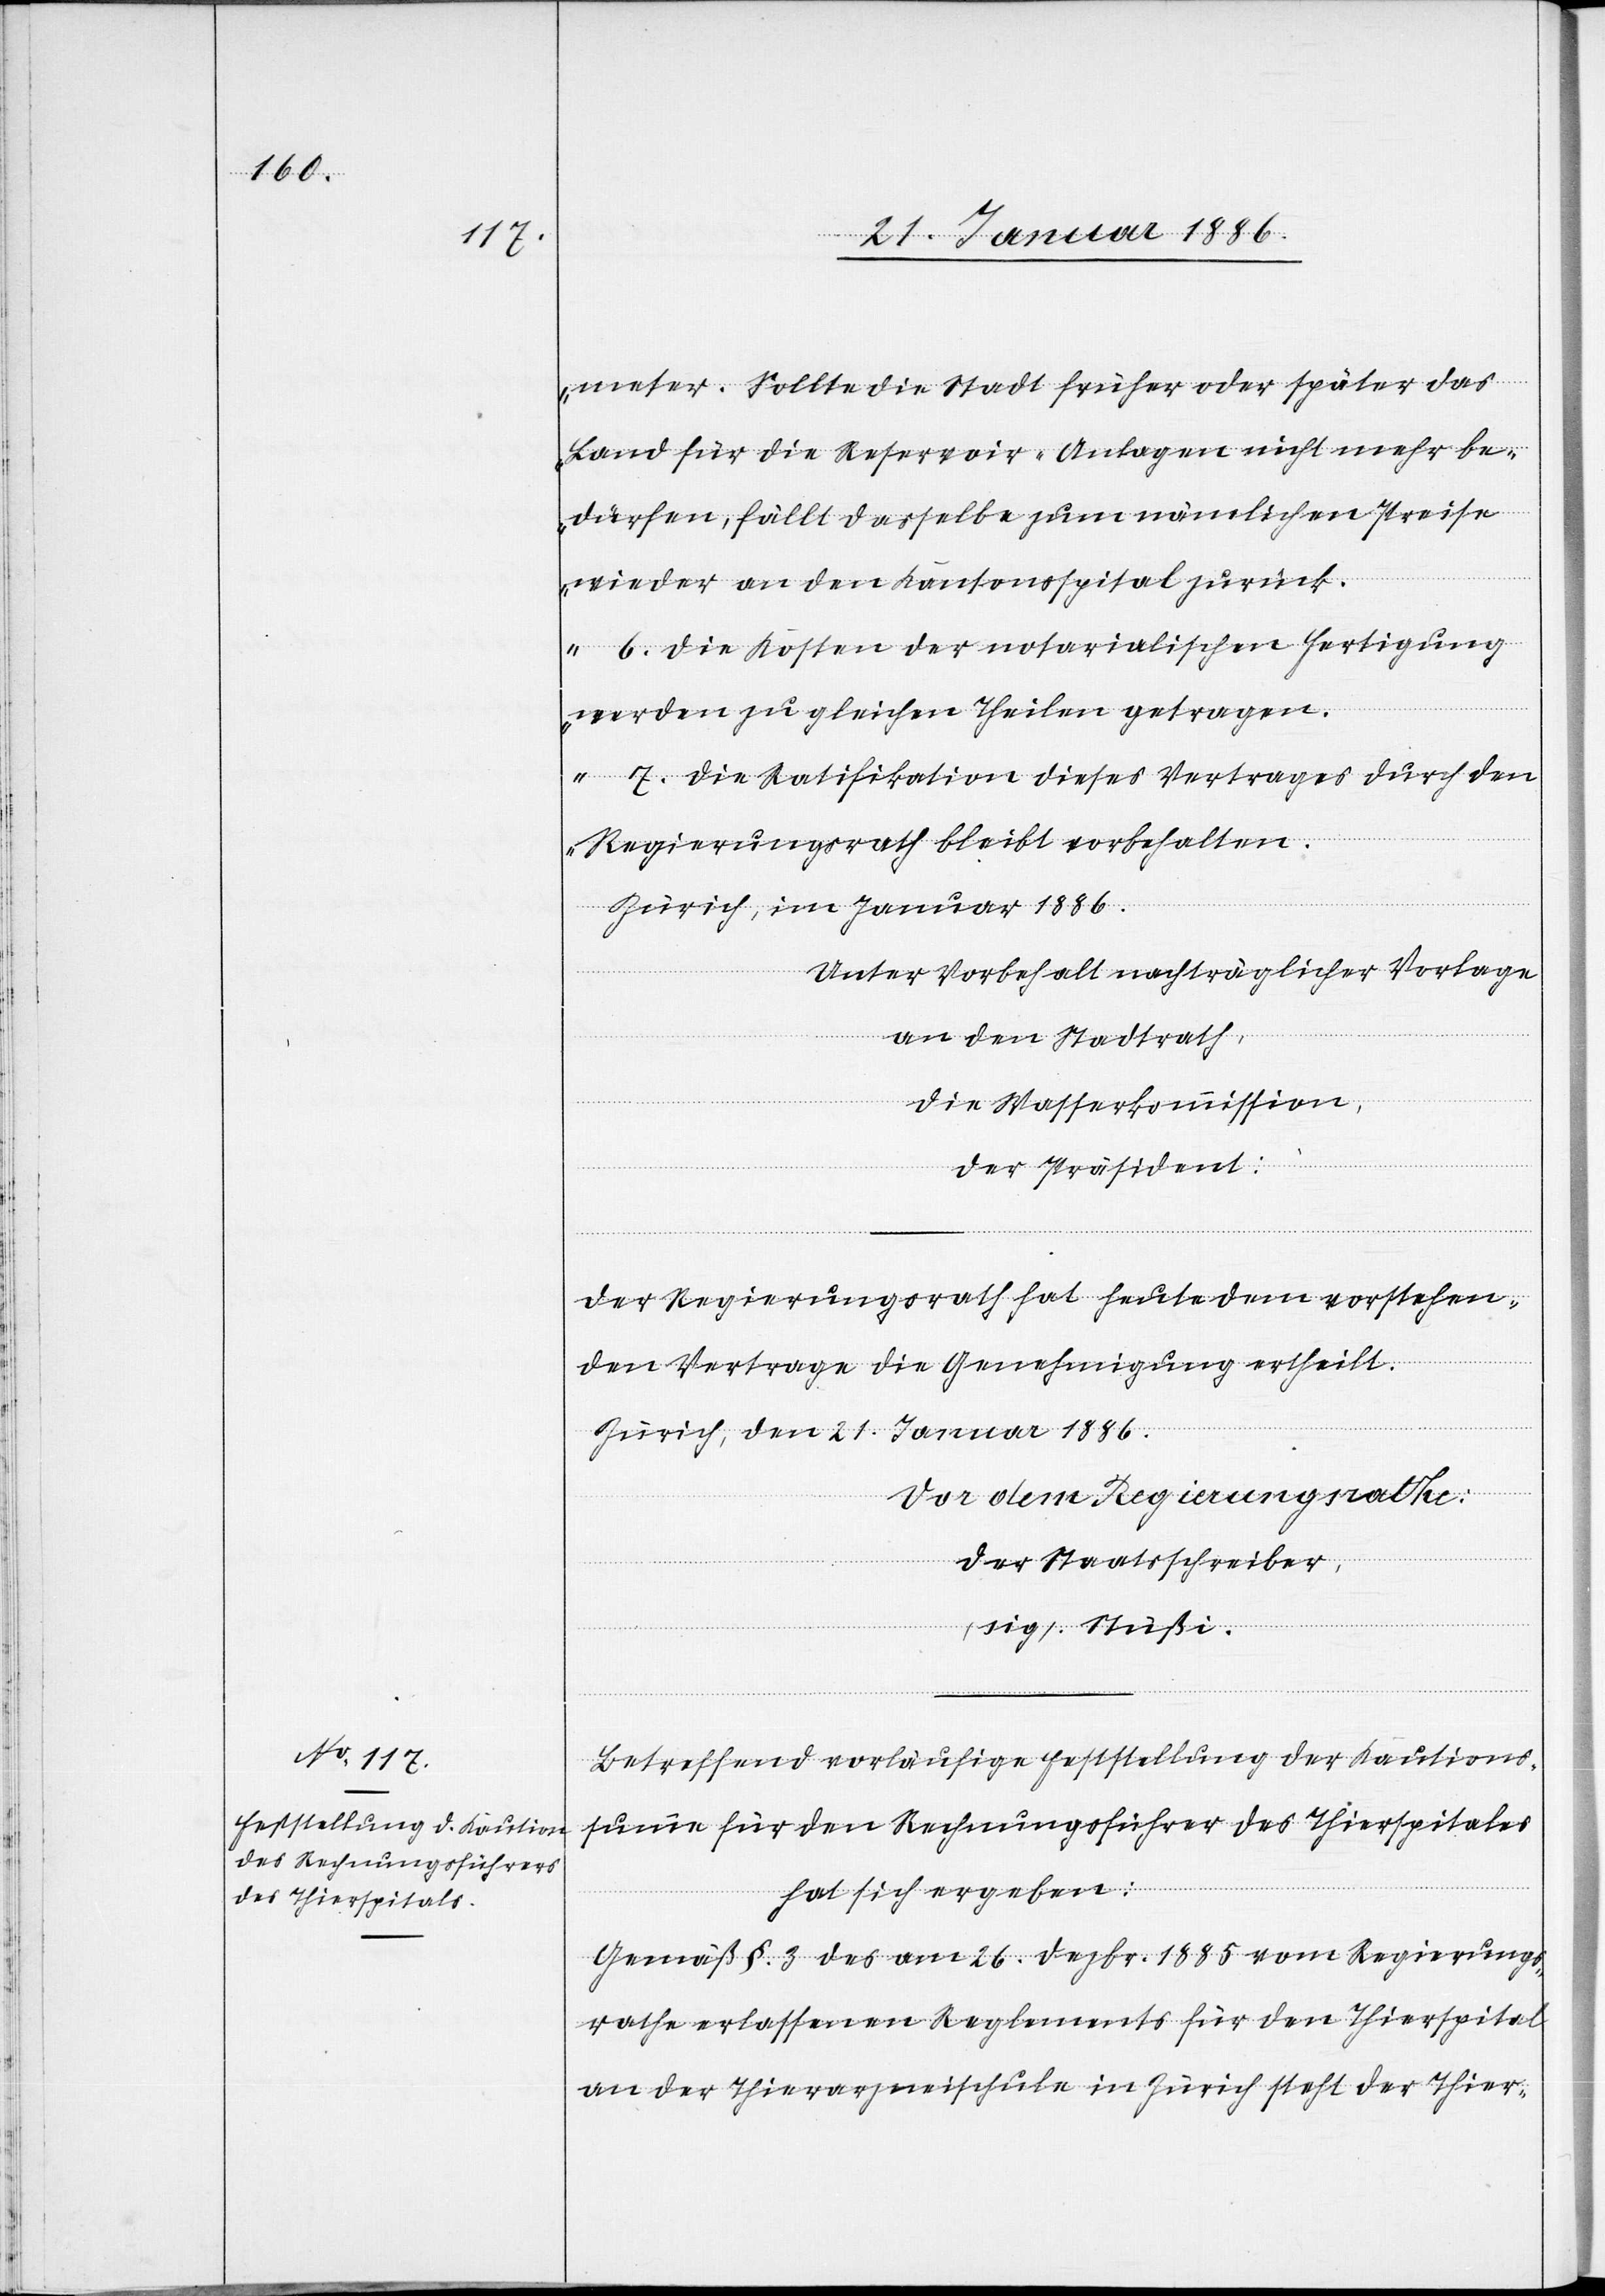
meter. Sollte die Stadt früher oder später das
Land für die Reservoir-Anlagen nicht mehr be¬
dürfen, fällt dasselbe zum nämlichen Preise
wieder an den Kantonsspital zurück.
6. Die Kosten der notarialischen Fertigung
werden zu gleichen Theilen getragen.
7. Die Ratifikation dieses Vertrages durch den
Regierungsrath bleibt vorbehalten.
Zürich, im Januar 1886.
Unter Vorbehalt nachträglicher Vorlagen
an den Stadtrath,
die Wasserkommission,
der Präsident.“
Der Regierungsrath hat heute dem vorstehen¬
den Vertrage die Genehmigung ertheilt.
Zürich, den 21. Januar 1886.
Vor dem Regierungsrathe:
Der Staatsschreiber,
(sig.) Stüßi.
Betreffend vorläufige Feststellung der Kautions¬
summe für den Rechnungsführer des Thierspitals
hat sich ergeben:
Gemäß §. 3 des am 26. Dezbr. 1885 vom Regierungs¬
rathe erlassene Reglements für den Thierspital
an der Thierarzneischule in Zürich steht der Thier-